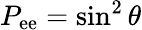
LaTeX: P_{\mathrm{ee}}=\sin^{2}\theta